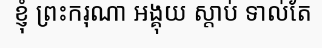
ខ្ញុំ ព្រះករុណា អង្គុយ ស្តាប់ ទាល់តែ